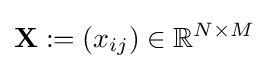
\mathbf {X} :=(x_{ij})\in \mathbb {R} ^{N\times M}